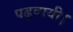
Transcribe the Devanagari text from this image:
पढ़वायी।